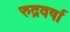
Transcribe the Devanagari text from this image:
रुद्रवर्षा